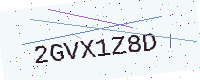
Text: 2GVX1Z8D